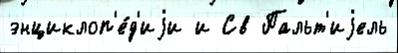
энциклоп'е́д'иjи и Св Пальт'иjель